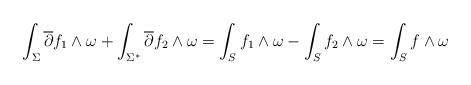
LaTeX: \begin{gather*}\int_{\Sigma}\overline \partial f_1\wedge \omega +\int_{\Sigma^*}\overline \partial f_2\wedge \omega=\int _Sf_1\wedge \omega-\int_Sf_2\wedge \omega=\int_S f\wedge \omega\end{gather*}